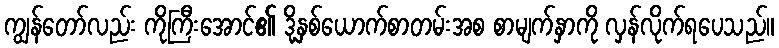
ကျွန်တော်လည်း ကိုကြီးအောင်၏ ဒို့နှစ်ယောက်စာတမ်းအစ စာမျက်နှာကို လှန်လိုက်ရပေသည်။